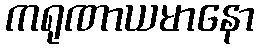
ကရုဏာယမာနော